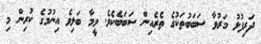
ދަރިފުޅު މަރުވާ ސަބަބުތަކުގެ ތެރެއިން ސަބަބެކެވެ. ވީމާ ބަލިވެ އިނުމުގެ ކުރިން މި